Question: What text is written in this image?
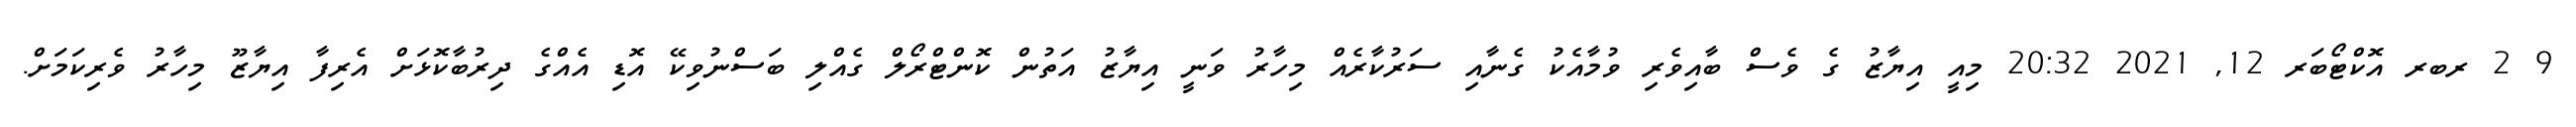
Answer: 9 2 ރބރ އޮކްޓޯބަރ 12, 2021 20:32 މިއީ އިޔާޒު ގެ ވެސް ބާއިވެރި ވުމާއެކު ގެނާއި ސަރުކާރެއް މިހާރު ވަނީ އިޔާޒު އަތުން ކޮންޓްރޯލް ގެއްލި ބަސްނުވިކޭ އޮޑި އެއްގެ ދިރުބާކޮޅަށް އެރިފާ އިޔާޒޫ މިހާރު ވެރިކަމަށް.